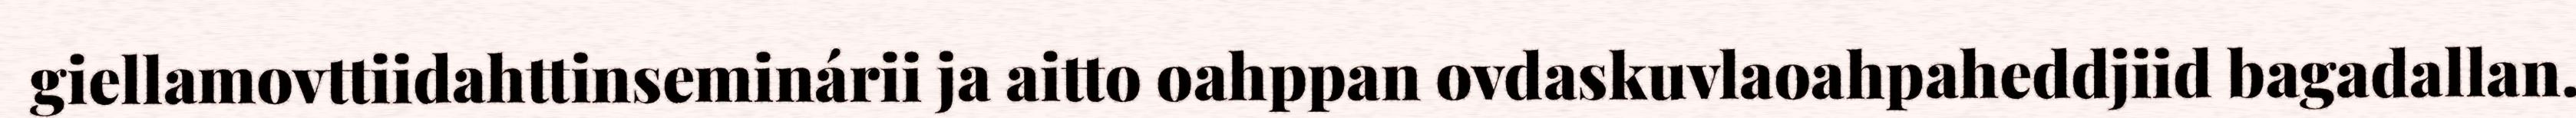
giellamovttiidahttinseminárii ja aitto oahppan ovdaskuvlaoahpaheddjiid bagadallan.